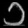
Digit: ၁